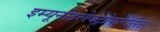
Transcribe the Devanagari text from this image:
इम्यूनोइलेक्ट्रोफोरेसिस